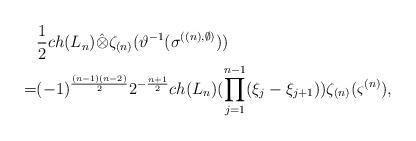
LaTeX: \begin{align*}&\frac12ch(L_n)\hat{\otimes}\zeta_{(n)}(\vartheta^{-1}(\sigma^{((n),\emptyset)}))\\=&(-1)^{\frac{(n-1)(n-2)}{2}}2^{-\frac{n+1}2}ch(L_n)(\prod_{j=1}^{n-1}(\xi_j-\xi_{j+1}))\zeta_{(n)}(\varsigma^{(n)}),\end{align*}